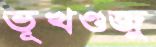
ভূখণ্ডজু